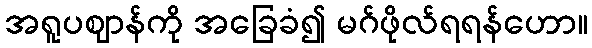
အရူပဈာန်ကို အခြေခံ၍ မဂ်ဖိုလ်ရရန်ဟော။